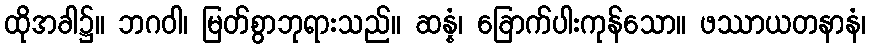
ထိုအခါ၌။ ဘဂဝါ၊ မြတ်စွာဘုရားသည်။ ဆန္နံ၊ ခြောက်ပါးကုန်သော။ ဖဿာယတနာနံ၊